Lunatic asylums United Provinces 1909-1921 - 1909-1921
Year: 1909
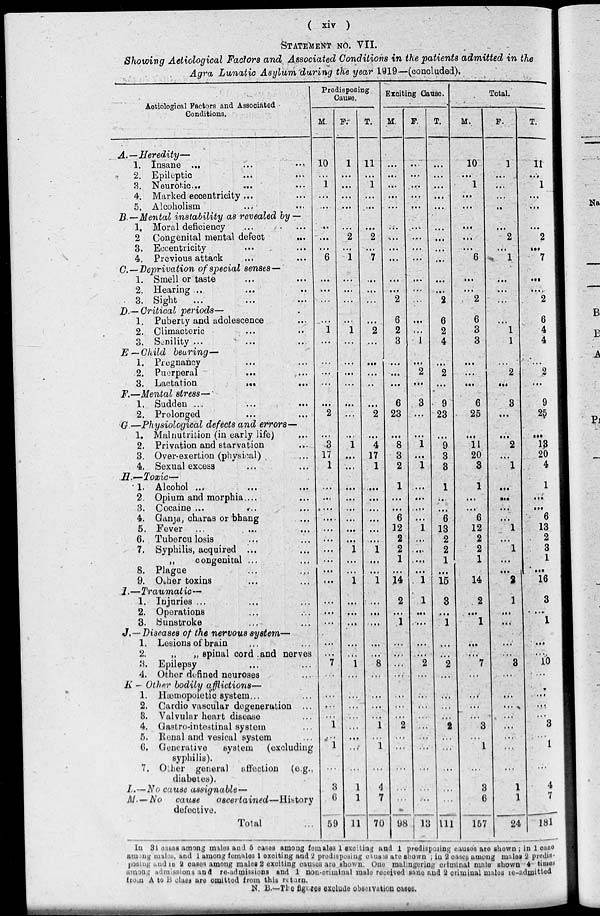
( xiv )
STATEMENT NO. VII.
Showing Aetiological Factors and Associated Conditions in the patients admitted in the
Agra Lunatic Asylum during the year 1919—(concluded).
Aetiological Factors and Associated
Conditions.
A.—Heredity—
1. Insane ... ... ...
2. Epileptic ... ...
3. Neurotic...
...
...
4. Marked eccentricity ... ...
5. Alcoholism ... ...
B.—Mental instability as revealed by —
1. Moral deficiency ... ...
2 Congenital mental defect
...
3. Eccentricity ... ...
4. Previous attack
... ...
C.—Deprivation of special senses—
1. Smell or taste ... ...
2. Hearing ... ... ...
3. Sight ... ... ...
D.— Critical periods—
1. Puberty and adolescence ...
2. Climacteric ... ...
3. Senility ... ... ...
E — Child bearing—
1. Pregnancy ... ...
2. Puerperal
... ...
3. Lactation ... ...
F.—Mental stress—
1. Sudden ... ... ...
2. Prolonged ... ...
G—Physiological defects and errors—
1. Malnutrition (in early life) ...
2. Privation and starvation ...
3. Over-exertion (physical) ...
4. Sexual excess ... ...
H.—Toxic—
1. Alcohol ...
...
...
2. Opium and morphia... ...
3. Cocaine . . . . . . ...
4. Ganja, charas or bhang ...
5. Fever ... ... ...
6. Tuberculosis ... ...
7. Syphilis, acquired ... ...
„
congenital ... ...
8. Plague ... ... ...
9. Other toxins ... ...
1.—Traumatic—
1. Injuries ...
2. Operations ... ...
3. Sunstroke ... ...
J. —Diseases of the nervous system—
1. Lesions of brain ... ...
2.
„
„ spinal cord and nerves
3. Epilepsy ... ...
4. Other defined neuroses ...
K — Other bodily afflictions—
1. Hæmopoietic system... ...
2. Cardio vascular degeneration ...
3. Valvular heart disease ...
4. Gastro-intestinal system ...
5. Renal and vesical system ...
C. Generative
system
(excluding
syphilis).
7. Other general affection (e.g.,
diabetes).
I.—No cause assignable—
M. — No cause
ascertained—History
defective.
Total
Predisposing
Cause.
M.
10
...
1
...
...
...
...
...
6
...
...
...
...
1
...
...
...
...
...
2
...
3
17
1
...
...
...
...
...
...
...
...
...
...
...
...
...
...
...
7
...
...
...
...
1
...
1
...
3
6
59
F.
1
...
...
...
...
...
2
...
1
...
...
...
...
1
...
...
...
...
...
...
...
1
...
...
...
...
...
...
...
...
1
...
...
1
...
...
...
...
...
1
...
...
...
...
...
...
...
...
1
1
11
T.
11
...
1
...
...
...
2
...
7
...
...
...
...
2
...
...
...
...
...
2
...
4
17
1
...
...
...
...
...
...
1
...
...
1
...
...
...
...
...
8
...
...
...
...
1
...
1
...
4
7
70
Exciting Cause.
M.
...
...
...
...
...
...
...
...
...
...
...
2
6
2
3
...
...
...
6
23
...
8
3
2
1
...
...
6
12
2
2
1
...
14
2
...
1
...
...
...
...
...
...
...
2
...
...
...
...
...
98
F.
...
...
...
...
...
...
...
...
...
...
...
...
...
...
1
...
2
...
3
...
...
1
...
1
...
...
...
...
1
...
...
...
...
1
1
...
...
...
...
2
...
...
...
...
...
...
...
...
...
...
13
T.
...
...
...
...
...
...
...
...
...
...
...
2
6
2
4
...
2
...
9
23
...
9
3
3
1
...
...
6
13
2
2
1
...
15
3
...
1
...
...
2
...
...
...
...
2
...
...
...
...
...
111
Total.
M.
10
...
1
...
...
...
...
...
6
...
...
2
6
3
3
...
...
...
6
25
...
11
20
3
1
...
...
6
12
2
2
1
...
14
2
...
1
...
...
7
...
...
...
...
3
...
1
...
3
6
157
F.
1
...
...
...
...
...
2
...
1
...
...
...
...
1
1
...
2
...
3
...
...
2
...
1
...
...
...
...
1
...
1
...
...
2
1
...
...
...
...
3
...
...
...
...
...
...
...
...
1
1
24
T.
11
...
1
...
...
...
2
...
7
...
...
2
6
4
4
...
2
...
9
25
...
13
20
4
1
...
...
6
13
2
3
1
...
16
3
...
1
...
...
10
...
...
...
...
3
...
1
...
4
7
181
In 34 cases among males and 5 cases among females 1 exciting and 1 predisposing causes are shown ; in 1 case
among males, and 1 among females 1 exciting and 2 predisposing causes are shown ; in 2 cases among males 2 predis-
posing and in 2 cases among males 2 exciting causes are shown. One malingering criminal male' shown 4 times
among admissions and re-admissions and 1 non-criminal male received sane and 2 criminal males re-admitted
from A to B class are omitted from this return.
N. B.—The figures exclude observation cases.